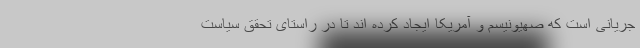
جریانی است که صهیونیسم و آمریکا ایجاد کرده اند تا در راستای تحقق سیاست